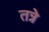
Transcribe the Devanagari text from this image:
तन्ने